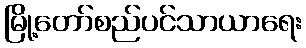
မြို့တော်စည်ပင်သာယာရေး